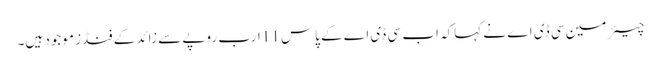
چیئر مین سی ڈی اے نے کہاکہ اب سی ڈی اے کے پاس 11ارب روپے سے زائد کے فنڈز موجود ہیں۔